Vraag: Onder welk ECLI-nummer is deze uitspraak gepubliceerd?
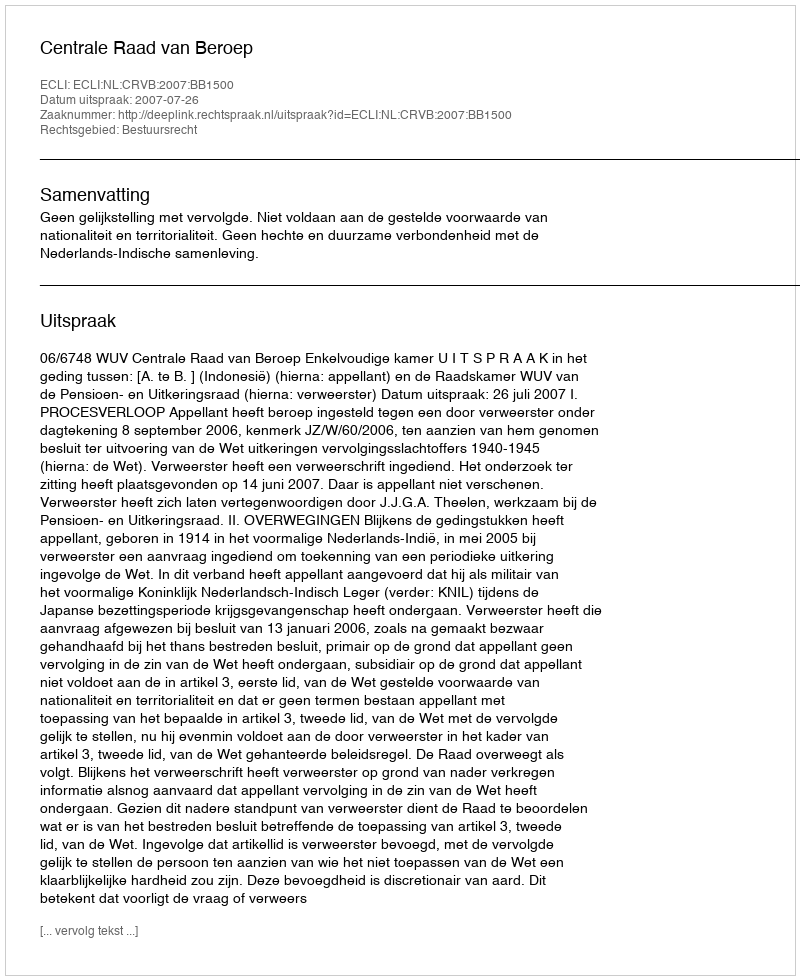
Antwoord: ECLI:NL:CRVB:2007:BB1500